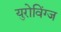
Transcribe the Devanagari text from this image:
युरोविंग्ज